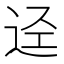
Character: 迳